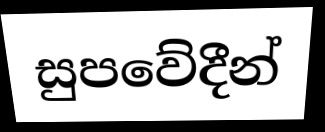
සුපවේදීන්